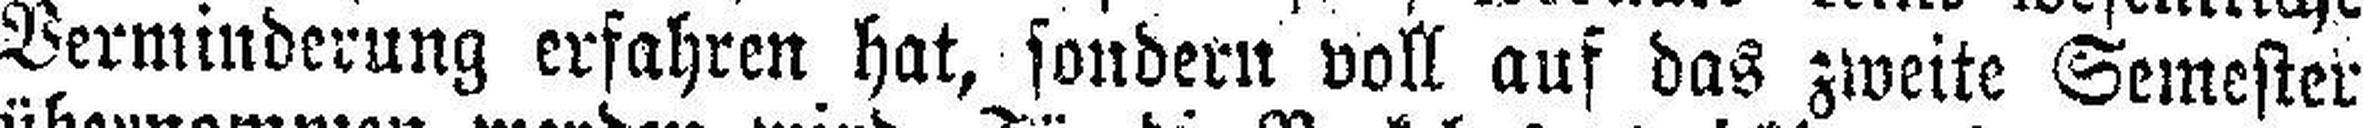
Verminderung erfahren hat, sondern voll auf das zweite Semester